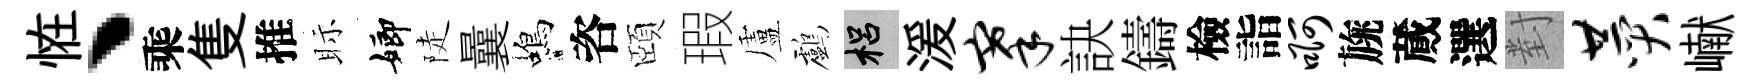
恠丶乘隻推眎嫏陡曩蝎咨頤瑕盧鸕梠湲搴訣鑄檢詣啊旐蕆選對赞𪩘